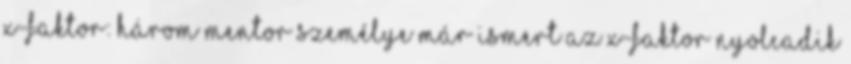
X-Faktor: Három mentor személye már ismert Az X-Faktor nyolcadik